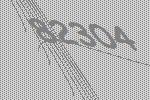
82304